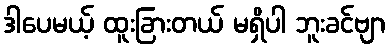
ဒါပေမယ့် ထူးခြားတယ် မရှိပါ ဘူးခင်ဗျာ